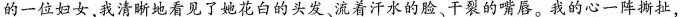
的一位妇女，我清晰地看见了她花白的头发、流着汗水的脸、干裂的嘴唇。我的心一阵撕扯，